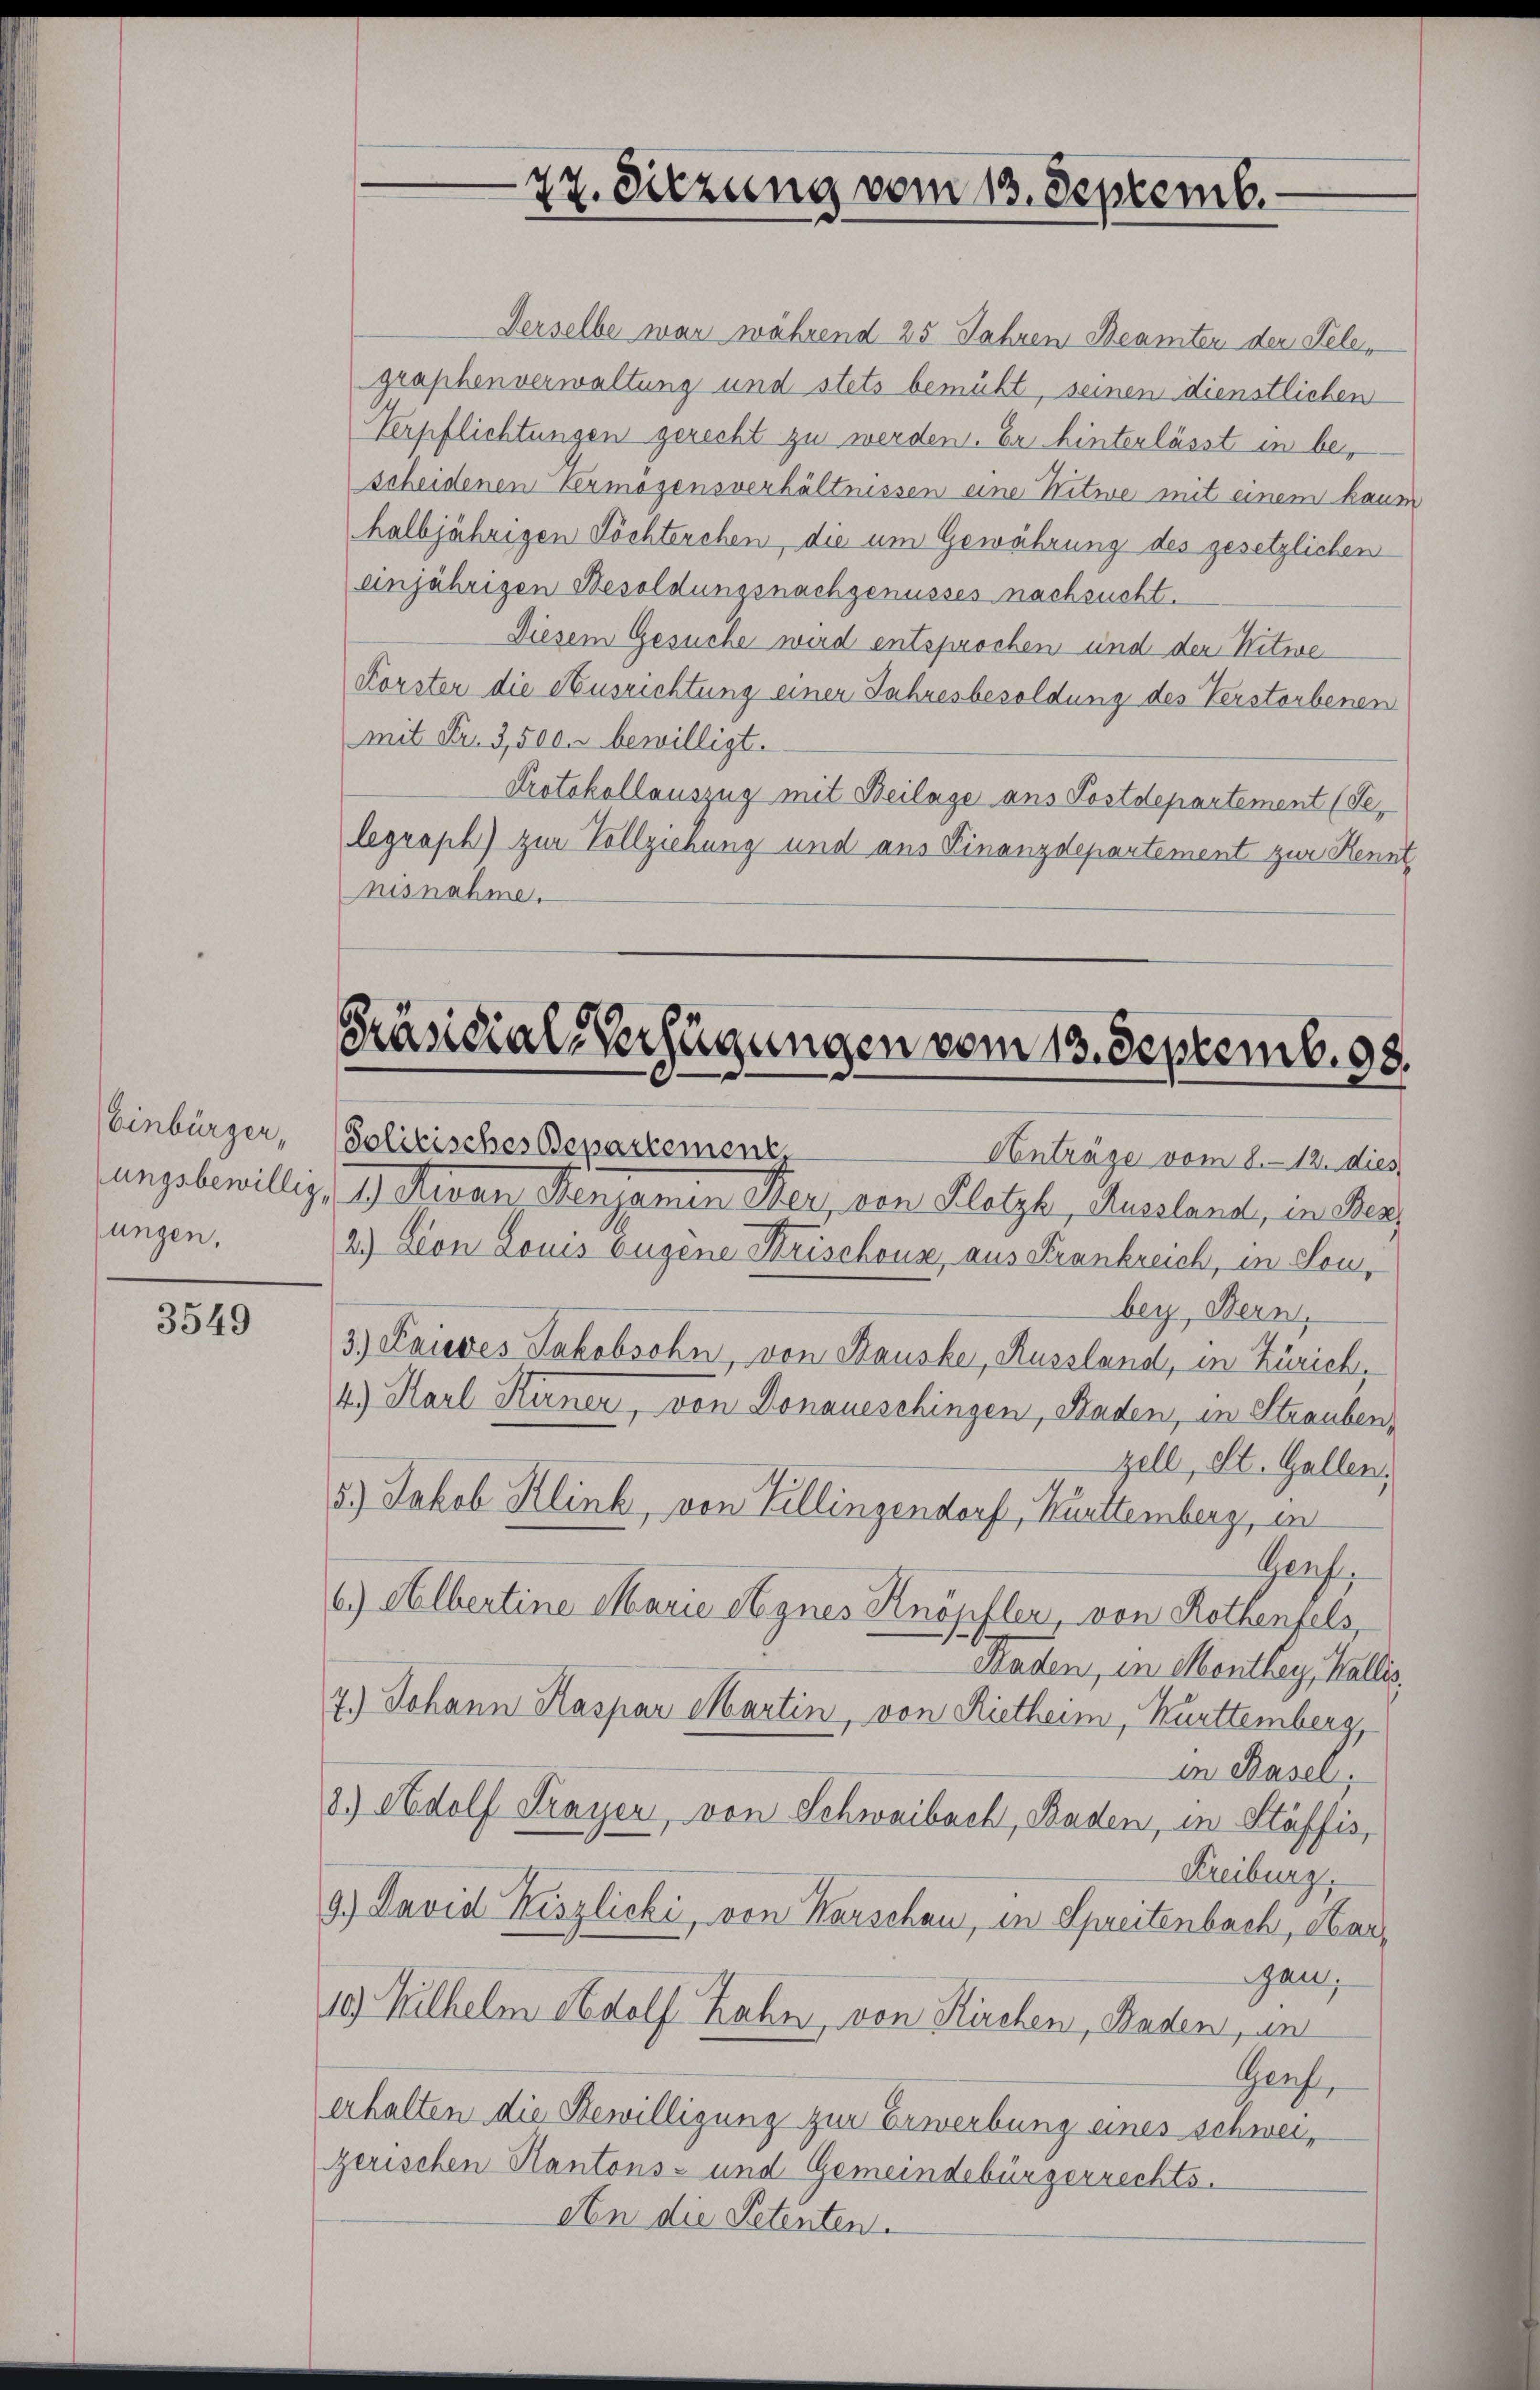
Einbürger,
ungen,

3549

27. Sitzung vom 13. Septemb.

Derselbe man während 25 Jahren Beamten der Telen
graphenverwaltung und stets bemüht, seinen dienstlichen
Verpflichtungen gerecht zu werden. Er hinterlässt in bescheidenen Vermögensverhältnissen eine Nitwe mit einem kaum
halbjährigen Töchterchen, die um Gewährung des gesetzlichen
einjährigen Besoldungsnachgenusses nachsucht.
Diesem Gesuche wird entsprochen und den Netwe
Korster die Ausrichtung einer Jahresbesoldung des Verstorbenen
mit Fr. 3,500. bewilligt.
Protokollauszug mit Beilage aus Postdepartement (Selegraph) zur Vollziehung und aus Finanzdepartement zur Kenntnisnahme.

Präsidial-Verfügungen vom 13. Septemb. 98.

Solitisches Departement,
Anträge vom 8. 12. dies
ungsbewillig, 1. Revan Sensamen Ker, von Pletzt, Aussland, in Herz
2.) Von Louis augene Krischouse, aus Frankreich, in Sonbey, Bern,
3.) Laueres Jakobsohn, von Stausker, Russland, in Zürich,
4) Karl Kerner, von Donaueschingen, Baden, in Strauben,
zell, St. Gallen,
5.) Jakob Klink, von Villingendorf, Kunttemberg, in
Gaf,
6.) Albertine Marie Segnes Knöpfler, von Rothenfels
Raden, in Monthey, Wallis,
7.) Johann Kaspar Martin, von Rietheim, Kurttemberg,
in Basel,
8) Adolf Frayer, von Schwaibach, Baden, in Stäffis,
Freiburg,
9.) David Kiszlicki, von Karschen, in Spreitenbach, Haran,
10) Wilhelm Adolf Zahn, von Kirchen, Baden, un
Genf,
erhalten die Bewilligung zur Erwerbung eines schweizerischen Kantons- und Gemeindsbürgerrechts.
An die Petenten.